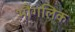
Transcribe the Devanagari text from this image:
भौगलिक